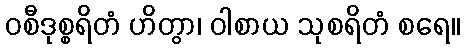
ဝစီဒုစ္စရိတံ ဟိတွာ၊ ဝါစာယ သုစရိတံ စရေ။